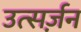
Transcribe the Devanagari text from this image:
उत्सर्ज़न